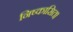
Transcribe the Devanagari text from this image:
निष्कासित।